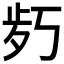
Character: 𱥍